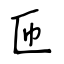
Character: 匝